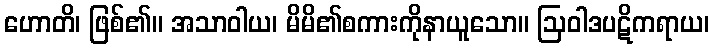
ဟောတိ၊ ဖြစ်၏။ အသာဝါယ၊ မိမိ၏စကားကိုနာယူသော။ ဩဝါဒပဋိကရာယ၊